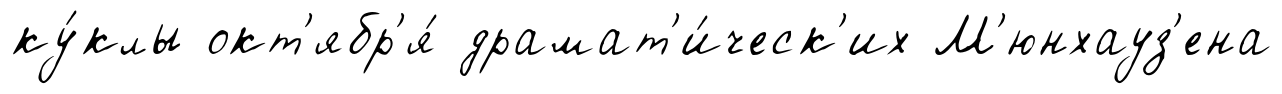
ку́клы окт'ябр'я́ драмат'и́ческ'их М'юнхауз'ена